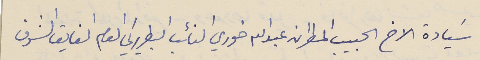
سَيادة الاخ الحبيب المطران عبدالله خوري النائب البطريركي العام الفايق الشرف